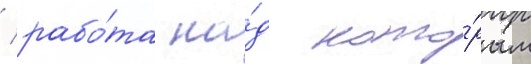
/ рабо́та на́д кото́рым